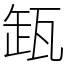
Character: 𬎩